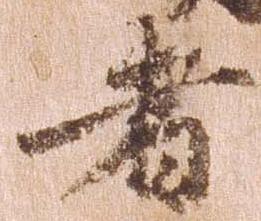
者